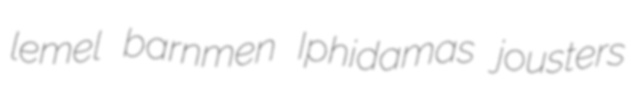
lemel barnmen Iphidamas jousters